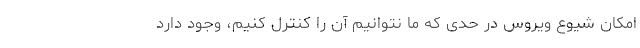
امکان شیوع ویروس در حدی که ما نتوانیم آن را کنترل کنیم، وجود دارد